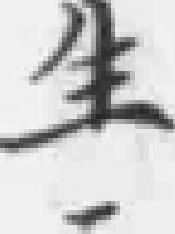
生